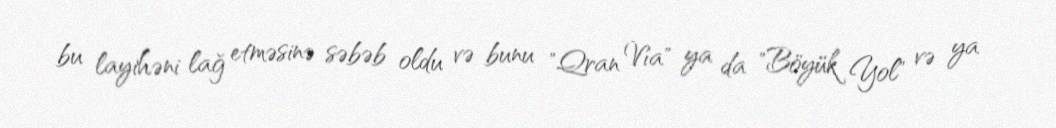
bu layihəni lağ etməsinə səbəb oldu və bunu "Qran Vía" ya da "Böyük Yol" və ya